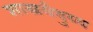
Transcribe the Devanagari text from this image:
शास्त्रवैदुय्य